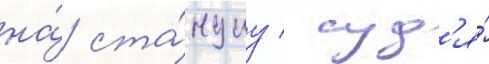
на́ ста́нциу / суд'я́